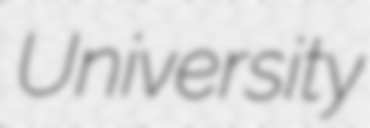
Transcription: University